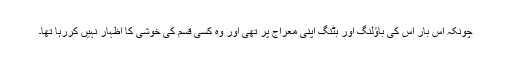
چونکہ اس بار اس کی باؤلنگ اور بٹنگ اپنی معراج پر تھی اور وہ کسی قسم کی خوشی کا اظہار نہیں کررہا تھا۔